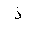
Letter: _thal